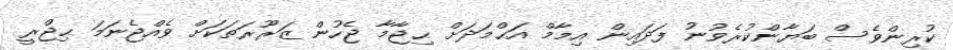
ކުރިންވެސް ބަޔާންކުރެވުނު ފަދައިން އިމާމް އަޙްމަދަށް ޙިޖާމާ ޖެހުން ޒަރޫރަތަކަށް ވެއްޖެނަމަ ޙިޖްރީ